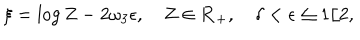
LaTeX: \xi = \log Z - 2 \omega _ { 3 } \epsilon , \quad Z \in { \bf R } _ { + } , \quad \delta < \epsilon \leq 1 / 2 ,